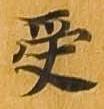
受